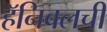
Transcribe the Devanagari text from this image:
हॅनिबलची